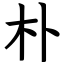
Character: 朴